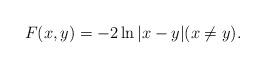
LaTeX: \begin{align*}F(x,y) = -2\ln|x-y|(x\ne y).\end{align*}